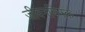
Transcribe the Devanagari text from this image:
जीवनविषक